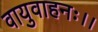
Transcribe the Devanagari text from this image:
वायुवाहनः।।